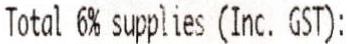
TOTAL 6% SUPPLIES (INC. GST):